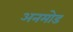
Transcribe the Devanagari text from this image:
अनमोड